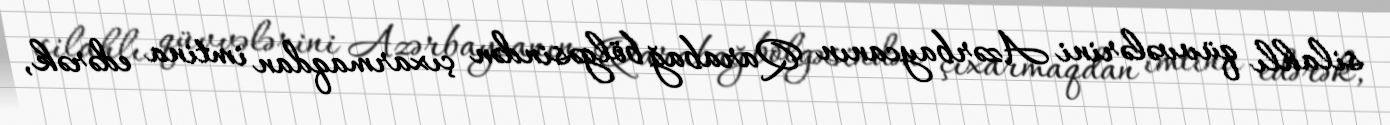
silahlı qüvvələrini Azərbaycanın Qarabağ bölgəsindən çıxarmaqdan imtina edərək,